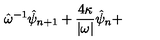
\hat { \omega } ^ { - 1 } \hat { \psi } _ { n + 1 } + \frac { 4 \kappa } { | \omega | } \hat { \psi } _ { n } +